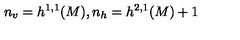
n _ { v } = h ^ { 1 , 1 } ( M ) , n _ { h } = h ^ { 2 , 1 } ( M ) + 1